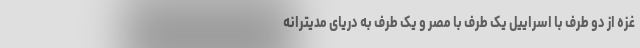
غزه از دو طرف با اسراییل یک طرف با مصر و یک طرف به دریای مدیترانه